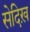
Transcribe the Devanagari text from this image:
सेदिख़